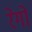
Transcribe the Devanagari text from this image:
रेगो